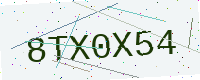
Text: 8TX0X54